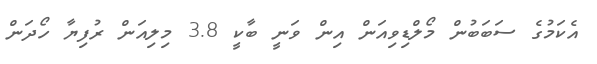
އެކަމުގެ ސަބަބުން މޯލްޑިވިއަން އިން ވަނީ ބާކީ 3.8 މިލިއަން ރުފިޔާ ހޯދަން